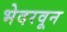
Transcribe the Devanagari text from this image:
भेदरवून